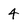
Character: 4